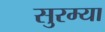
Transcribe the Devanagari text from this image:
सुरम्या